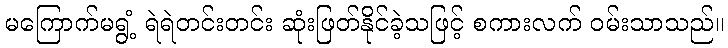
မကြောက်မရွံ့ ရဲရဲတင်းတင်း ဆုံးဖြတ်နိုင်ခဲ့သဖြင့် စကားလက် ဝမ်းသာသည်။